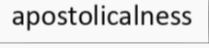
apostolicalness